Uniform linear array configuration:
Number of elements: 12
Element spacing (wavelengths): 0.5
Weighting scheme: uniform
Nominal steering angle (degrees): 60
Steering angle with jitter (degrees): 61.734
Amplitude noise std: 0.05
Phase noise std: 0.05

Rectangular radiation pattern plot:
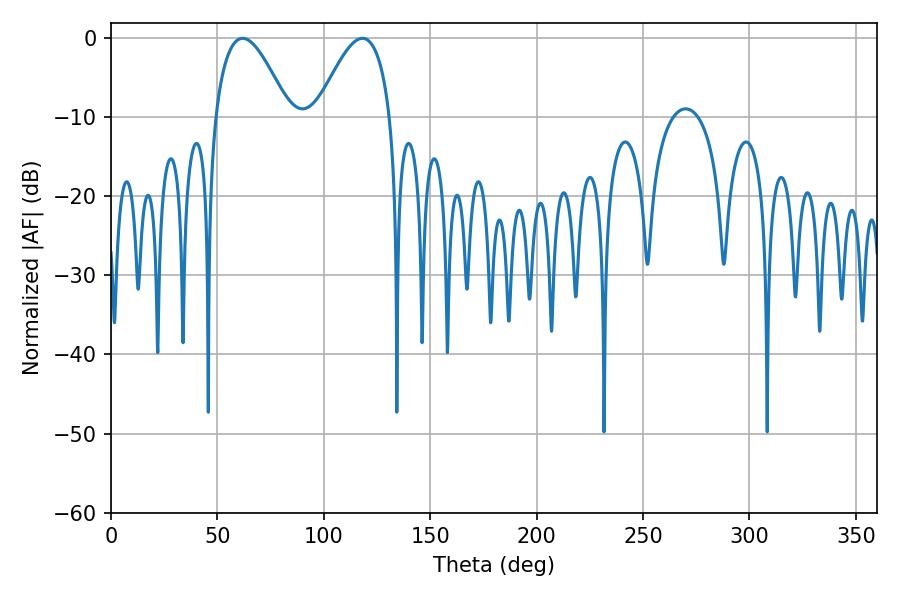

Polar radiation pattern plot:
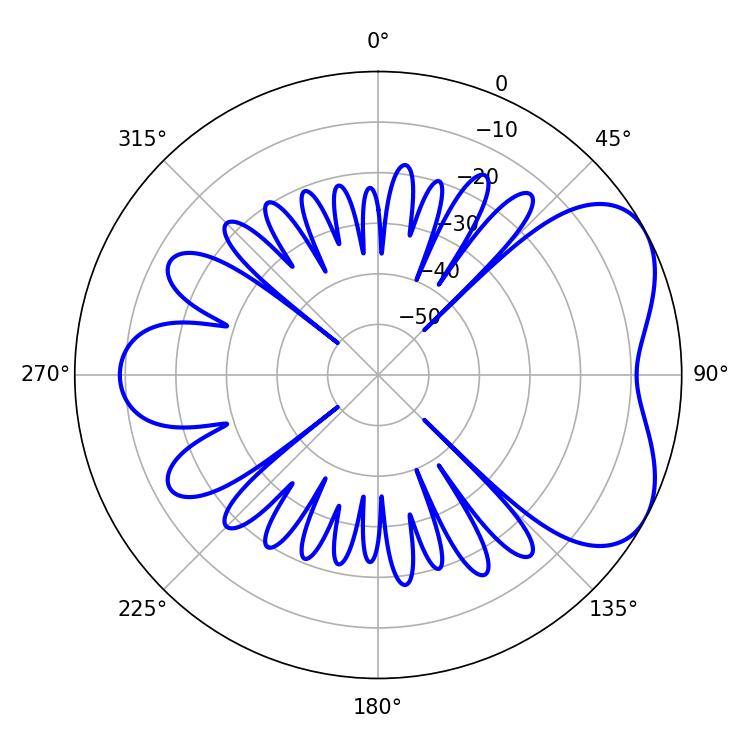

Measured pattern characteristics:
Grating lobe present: FALSE
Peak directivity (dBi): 5.212
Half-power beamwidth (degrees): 18.72
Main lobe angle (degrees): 61.92